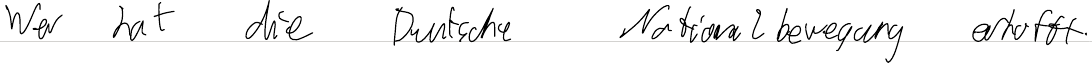
Wer hat die Deutsche Nationalbewegung erhofft